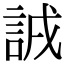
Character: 𧧐